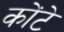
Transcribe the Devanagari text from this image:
कोंटे